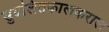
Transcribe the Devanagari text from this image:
सुदलितकालकराल